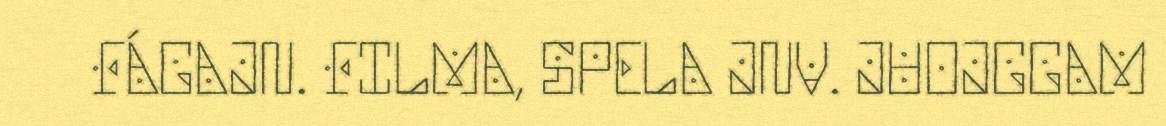
FÁGAJN. FILMA, SPELA JNV. JUOJGGAM